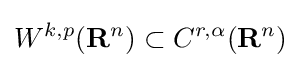
W^{k,p}(\mathbf {R} ^{n})\subset C^{r,\alpha }(\mathbf {R} ^{n})